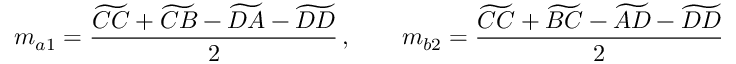
m _ { a 1 } = \frac { \widetilde { C C } + \widetilde { C B } - \widetilde { D A } - \widetilde { D D } } { 2 } \, , \qquad m _ { b 2 } = \frac { \widetilde { C C } + \widetilde { B C } - \widetilde { A D } - \widetilde { D D } } { 2 }